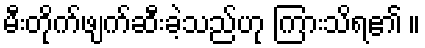
မီးတိုက်ဖျက်ဆီးခဲ့သည်ဟု ကြားသိရ၏ ။